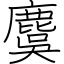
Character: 麌